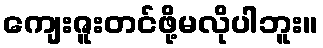
ကျေးဇူးတင်ဖို့မလိုပါဘူး။